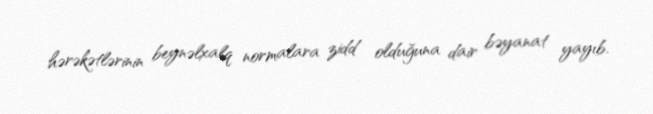
hərəkətlərinin beynəlxalq normalara zidd olduğuna dair bəyanat yayıb.